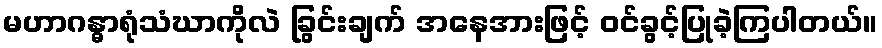
မဟာဂန္ဓာရုံသံဃာကိုလဲ ခြွင်းချက် အနေအားဖြင့် ဝင်ခွင့်ပြုခဲ့ကြပါတယ်။